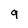
Character: 9